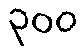
၃၀၀